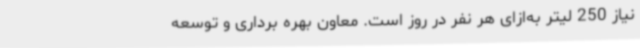
نیاز 250 لیتر به‌ازای هر نفر در روز است. معاون بهره برداری و توسعه